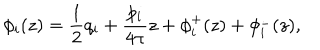
\phi _ { i } ( z ) = \frac { 1 } { 2 } q _ { i } + \frac { p _ { i } } { 4 \pi } z + \phi _ { i } ^ { + } ( z ) + \phi _ { i } ^ { - } ( z ) ,